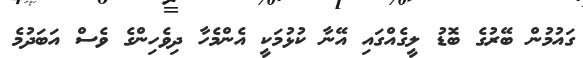
ގައުމުން ބޭރުގެ ބޮޑު ލީގެއްގައި އޭނާ ކުޅުމަކީ އެންމެހާ ދިވެހިންގެ ވެސް އަބަދުމެ